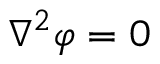
\nabla ^ { 2 } \varphi = 0